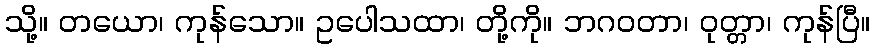
သို့။ တယော၊ ကုန်သော။ ဥပေါသထာ၊ တို့ကို။ ဘဂဝတာ၊ ဝုတ္တာ၊ ကုန်ပြီ။